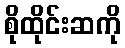
စိုထိုင်းဆကို